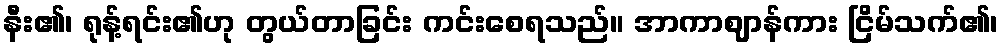
နီး၏၊ ရုန့်ရင်း၏ဟု တွယ်တာခြင်း ကင်းစေရသည်။ အာကာဈာန်ကား ငြိမ်သက်၏၊